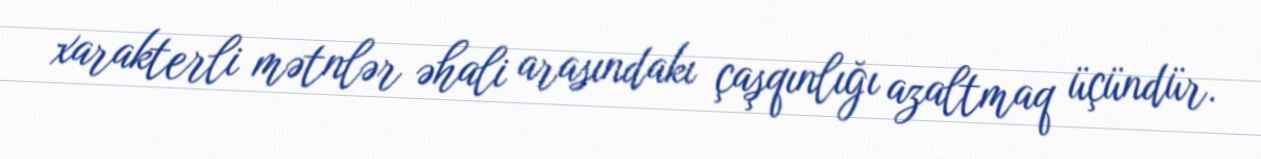
xarakterli mətnlər əhali arasındakı çaşqınlığı azaltmaq üçündür.